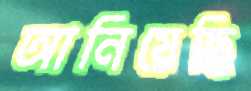
আনিয়েছি